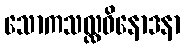
သောကသလ္လဝိနောဒနာ